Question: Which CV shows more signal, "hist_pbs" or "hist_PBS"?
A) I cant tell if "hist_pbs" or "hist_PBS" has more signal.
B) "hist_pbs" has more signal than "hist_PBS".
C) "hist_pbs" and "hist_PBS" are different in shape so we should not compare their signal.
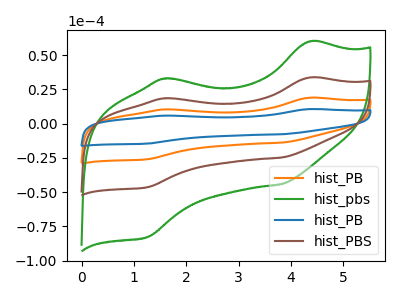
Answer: <think>The orange curve "hist_PB" has anodic peaks at (4.35V, 67.30uA) (1.60V, 36.90uA) and cathodic peaks at (3.80V, -49.65uA) (1.25V, -93.10uA). The green curve "hist_pbs" has anodic peaks at (4.35V, 60.00uA) (1.60V, 32.90uA) and cathodic peaks at (3.80V, -44.25uA) (1.25V, -83.00uA). The blue curve "hist_PB" has anodic peaks at (4.35V, 100.95uA) (1.60V, 55.35uA) and cathodic peaks at (3.80V, -74.45uA) (1.25V, -139.60uA). The brown curve "hist_PBS" has anodic peaks at (4.35V, 33.65uA) (1.60V, 18.45uA) and cathodic peaks at (3.80V, -24.80uA) (1.25V, -46.55uA).
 All the peaks in "hist_pbs" have a peak in "hist_PBS" at the same potential. Every peak in "hist_pbs" is higher than every peak in "hist_PBS".</think>
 <answer>B) "hist_pbs" has more signal than "hist_PBS".</answer>
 <eval>B</eval>